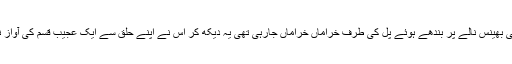
اس کی بھینس نالے پر بندھے ہوئے پل کی طرف خراماں خراماں جارہی تھی یہ دیکھ کر اس نے اپنے حلق سے ایک عجیب قسم کی آواز نکالی۔